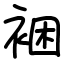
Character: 裍